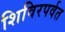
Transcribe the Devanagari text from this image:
शिविरपर्वत